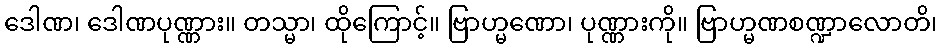
ဒေါဏ၊ ဒေါဏပုဏ္ဏား။ တသ္မာ၊ ထိုကြောင့်။ ဗြာဟ္မဏော၊ ပုဏ္ဏားကို။ ဗြာဟ္မဏစဏ္ဍာလောတိ၊